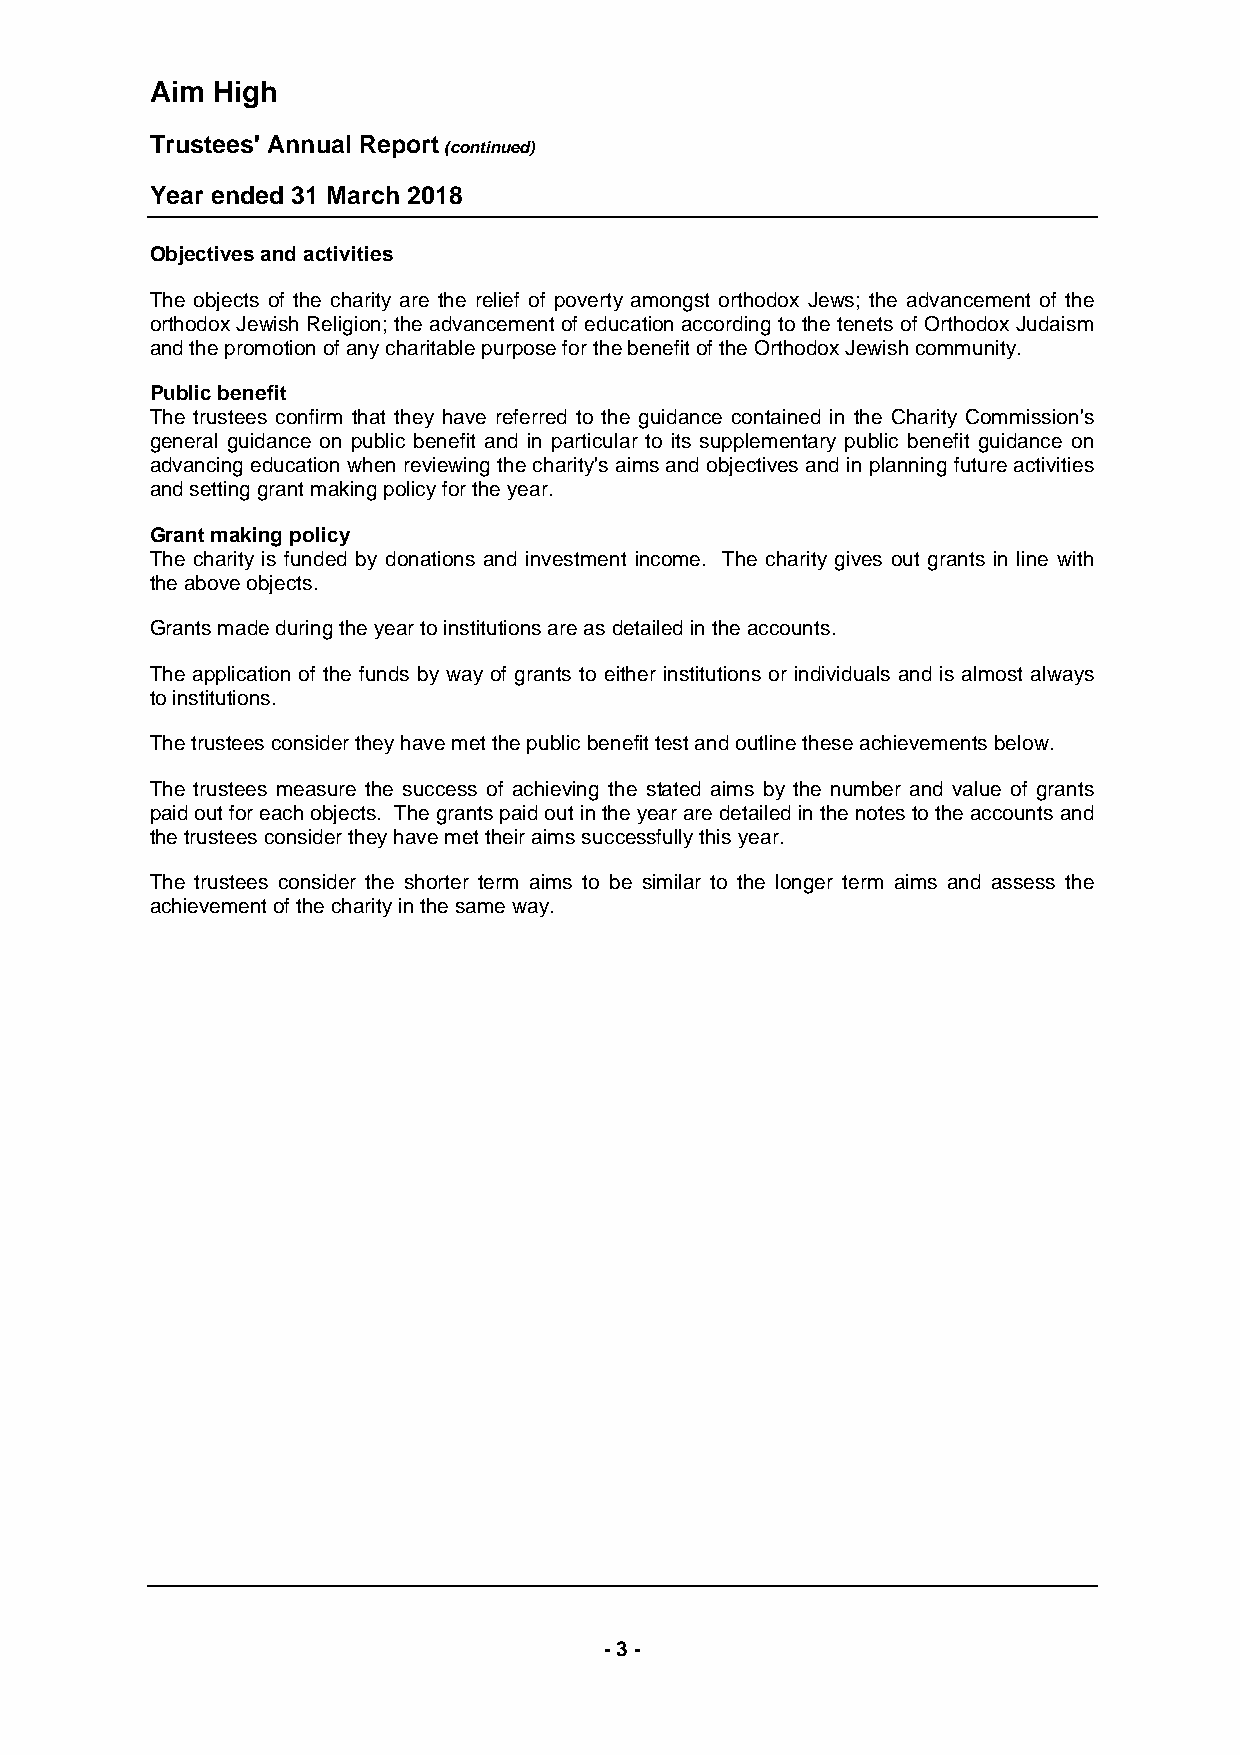
Aim High
 Trustees' Annual Report
 (continued)
 Year ended 31 March 2018
 Objectives and activities
 The objects of the charity are the relief of poverty amongst orthodox Jews; the advancement of the
 orthodox Jewish Religion; the advancement of education according to the tenets of Orthodox Judaism
 and the promotion of any charitable purpose for the benefit of the Orthodox Jewish community.
 Public benefit
 The trustees confirm that they have referred to the guidance contained in the Charity Commission's
 general guidance on public benefit and in particular to its supplementary public benefit guidance on
 advancing education when reviewing the charity's aims and objectives and in planning future activities
 and setting grant making policy for the year.
 Grant making policy
 The charity is funded by donations and investment income. The charity gives out grants in line with
 the above objects.
 Grants made during the year to institutions are as detailed in the accounts.
 The application of the funds by way of grants to either institutions or individuals and is almost always
 to institutions.
 The trustees consider they have met the public benefit test and outline these achievements below.
 The trustees measure the success of achieving the stated aims by the number and value of grants
 paid out for each objects. The grants paid out in the year are detailed in the notes to the accounts and
 the trustees consider they have met their aims successfully this year.
 The trustees consider the shorter term aims to be similar to the longer term aims and assess the
 achievement of the charity in the same way.
 - 3 -